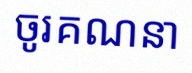
ចូរគណនា